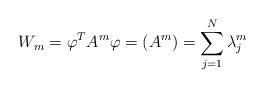
LaTeX: \begin{align*}W_{m}=\varphi^{T}A^{m}\varphi=\left( A^{m}\right) =\sum_{j=1}^{N}\lambda_{j}^{m} \end{align*}